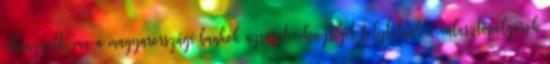
elhangzott, ma a magyarországi bankok uzsoratevékenységet folytatnak a választópolgárok